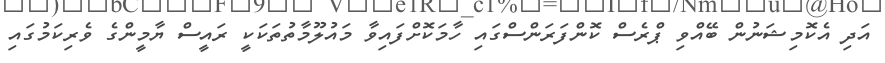
އަދި އެކޮމިޝަނުން ބޭއްވި ޕްރެސް ކޮންފަރަންސްގައި ހާމަކޮށްފައިވާ މައުލޫމާތުތަކަކީ ރައީސް ޔާމީންގެ ވެރިކަމުގައި